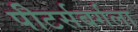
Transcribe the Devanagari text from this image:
पीटर्सबर्गला